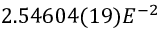
2 . 5 4 6 0 4 ( 1 9 ) E ^ { - 2 }